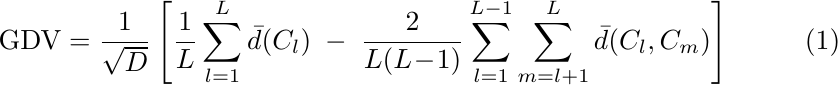
\begin{align}
\mbox{GDV}=\frac{1}{\sqrt{D}}\left[\frac{1}{L}\sum_{l=1}^L{\bar{d}(C_l)}\;-\;\frac{2}{L(L\!-\!1)}\sum_{l=1}^{L-1}\sum_{m=l+1}^{L}\bar{d}(C_l,C_m)\right]
 \label{GDVEq}
\end{align}